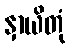
နှာယိတုံ